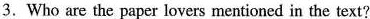
3. Who are the paper lovers mentioned in the text?